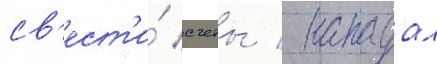
св'ест'и́ счеты / нападал